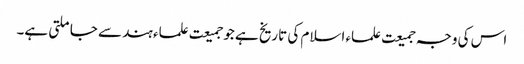
اس کی وجہ جمیعت علماء اسلام کی تاریخ ہے جو جمیعت علماء ہند سے جا ملتی ہے۔